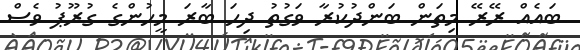
ބައެއް ރޭރޭ މިތަން ބަންދުކުރާ ވަގުތު ދިހަ ބާރަ މީހުންގެ ގުރޫޕު ވެސް